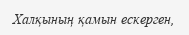
Халқының қамын ескерген,